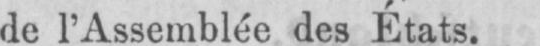
de l’Assemblée des États.